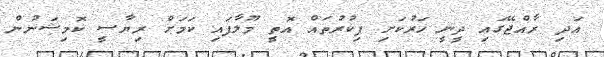
އަދި ރާއްޖޭގައި ދީނީ ހަރުކަށި ފިކުރުތައް އޮތީ މޫލާފައި ކަމަށް ރިޔާސީ ކޮމިޝަނުން